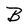
Character: B